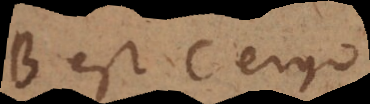
AB est D. Ergo